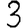
Digit: 3